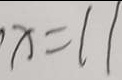
x = 1 1